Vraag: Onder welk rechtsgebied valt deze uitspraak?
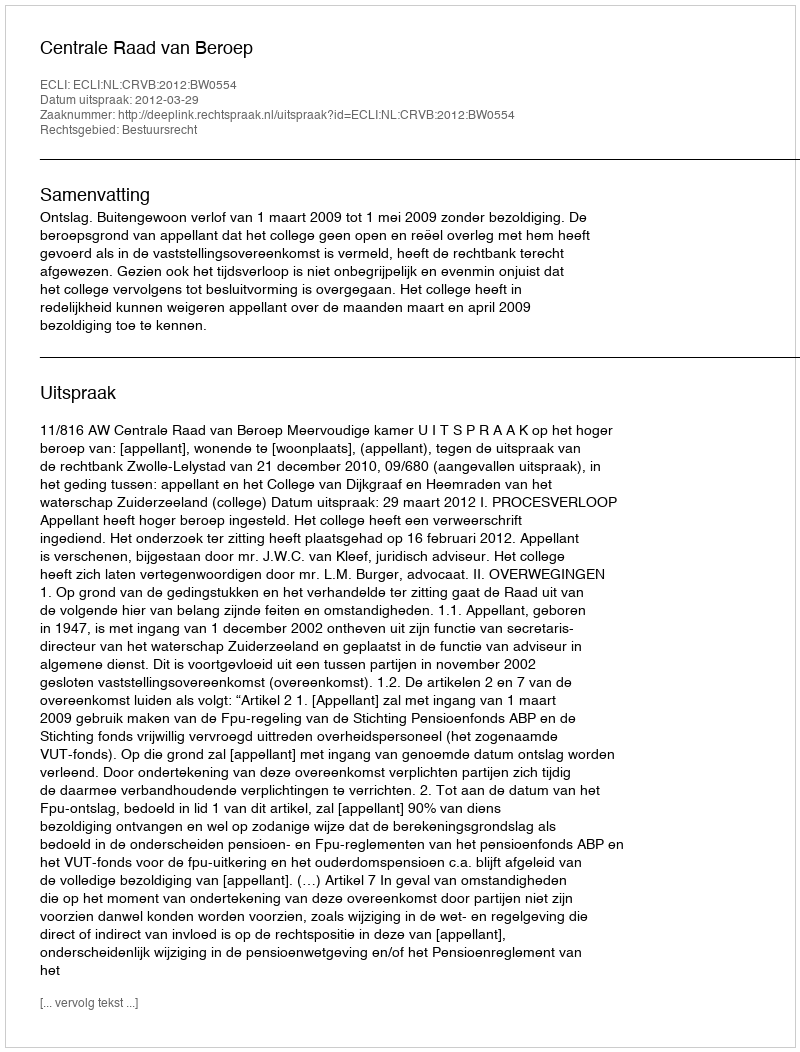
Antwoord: Bestuursrecht